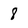
Character: 8